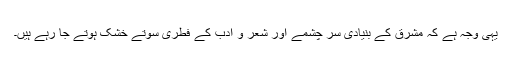
یہی وجہ ہے کہ مشرق کے بنیادی سر چشمے اور شعر و ادب کے فطری سوتے خشک ہوتے جا رہے ہیں۔